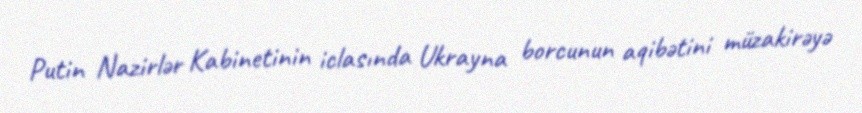
Putin Nazirlər Kabinetinin iclasında Ukrayna borcunun aqibətini müzakirəyə